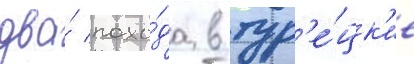
два́ похо́да в тур'е́цк'ие